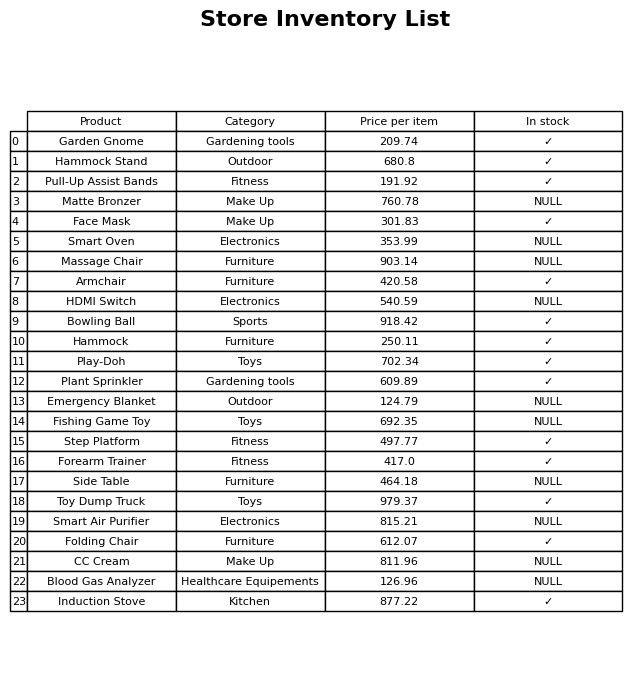
question: What is the price of the Hammock?
answer: The price of Hammock is 250.11.